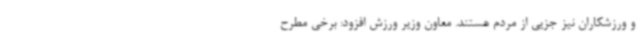
و ورزشکاران نیز جزیی از مردم هستند. معاون وزیر ورزش افزود: برخی مطرح